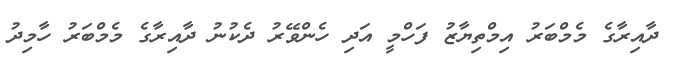
ދާއިރާގެ މެމްބަރު އިމްތިޔާޒު ފަހްމީ އަދި ހެންވޭރު ދެކުނު ދާއިރާގެ މެމްބަރު ހާމިދު